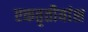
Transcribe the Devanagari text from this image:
एकतृतीयांश